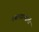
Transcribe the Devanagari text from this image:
दवाखान्याची